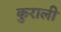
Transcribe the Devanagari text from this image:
कुराली